system: You are a helpful assistant.
user:
Analyze the provided spectrum to determine if it is a **"Cataclysmic Variables (CV)"**.

- **Key Indicators for CV (Check for either state):**
    - **State 1: Quiescent / Low-State (Emission-Dominated)**
        - **(Primary):** Strong and *very broad* Hydrogen Balmer emission lines (e.g., $H\alpha$ at 6563 Å, $H\beta$ at 4861 Å). The 'broadness' (high velocity dispersion, often FWHM > 1000 km/s) is the key diagnostic, indicating a high-velocity accretion disk.
        - **(Secondary):** Broad neutral Helium (He I) emission lines (e.g., 5876 Å, 6678 Å).
        - **(Key Confirmation):** Presence of high-excitation *ionized* Helium (He II) emission at 4686 Å. This is a strong indicator of accretion onto a white dwarf.
        - **(Line Profile):** Emission lines may exhibit a 'double-peaked' profile, which is a classic signature of a rotating accretion disk viewed at high inclination.

    - **State 2: Outburst / High-State (Absorption-Dominated)**
        - **(Primary):** Spectrum is dominated by a bright, blue continuum (looks like a hot star).
        - **(Secondary):** The emission lines from State 1 are weak, absent, or 'filled in', and are replaced by broad, shallow *absorption* lines (primarily Balmer and He I).
        - **(Morphology):** The overall spectrum mimics a hot B/A-type star. The crucial difference is that the absorption lines are significantly broader, shallower, and more 'washed-out' (or 'smeared') than the sharp lines of a normal stellar photosphere, due to high rotational speeds and pressure broadening in the disk.

Think first, call **spectral_visualization_tool** if needed to examine features in detail, then provide your final answer. Your response must adhere to the following strict rules:
1.  **Overall Structure:** Your response must follow the format `<think>...</think> <tool_call>...</tool_call> (if a tool is used) <answer>...</answer>`.
2.  **Tool Usage Constraint:** You may only make **one** tool call per turn.
3.  **Final Answer Format:** In the `<answer>` tag, your conclusion must be inside a `\boxed{}` command (e.g., `\boxed{YES}`), followed by your justification.

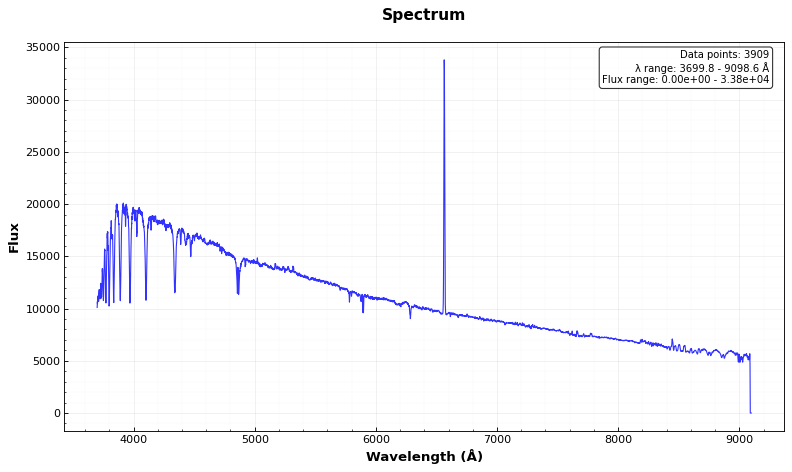
Answer: NO